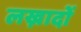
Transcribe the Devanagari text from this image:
लख्नादों